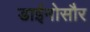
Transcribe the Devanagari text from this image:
डाईनोसौर